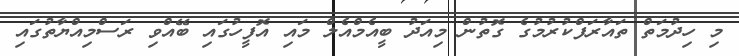
މި ހިދުމަތް ތައާރަފްކުރުމުގެ ގޮތުން މިއަދު ބީއެމްއެލް މައި އޮފީހުގައި ބޭއްވި ރަސްމިއްޔާތުގައި